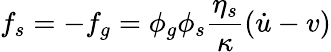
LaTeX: f_{s}=-f_{g}=\phi_{g}\phi_{s}\frac{\eta_{s}}{\kappa}(\dot{u}-v)